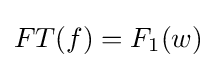
FT(f)=F_{1}(w)